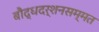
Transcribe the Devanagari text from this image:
बौद्धदर्शनसम्मत